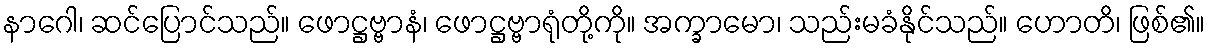
နာဂေါ၊ ဆင်ပြောင်သည်။ ဖောဋ္ဌဗ္ဗာနံ၊ ဖောဋ္ဌဗ္ဗာရုံတို့ကို။ အက္ခာမော၊ သည်းမခံနိုင်သည်။ ဟောတိ၊ ဖြစ်၏။